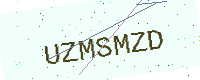
Text: UZMSMZD